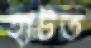
হাটত